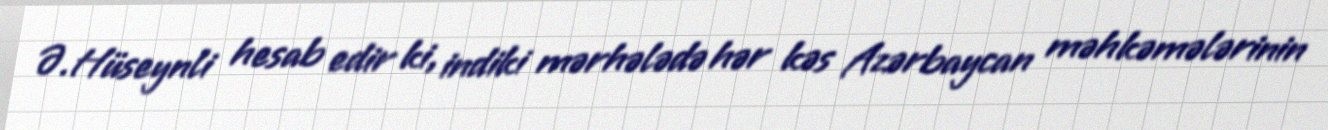
Ə.Hüseynli hesab edir ki, indiki mərhələdə hər kəs Azərbaycan məhkəmələrinin